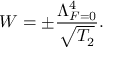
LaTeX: W = \pm \frac { \Lambda _ { F = 0 } ^ { 4 } } { \sqrt { T _ { 2 } } } .